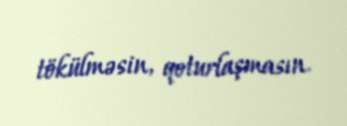
tökülməsin, qoturlaşmasın.